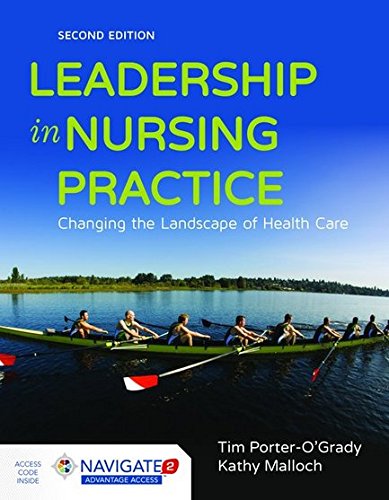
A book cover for Leadership In Nursing Practice: Changing the Landscape of Health Care; Tim Porter-O'Grady; Business & Money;